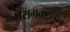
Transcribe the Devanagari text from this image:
परागवाहनाचं